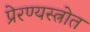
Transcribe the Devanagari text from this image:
प्रेरण्यस्त्रोत